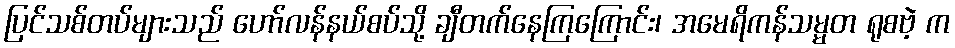
ပြင်သစ်တပ်များသည် ဟော်လန်နယ်စပ်သို့ ချီတက်နေကြကြောင်း၊ အမေရိကန်သမ္မတ ရုစဗဲ့ က